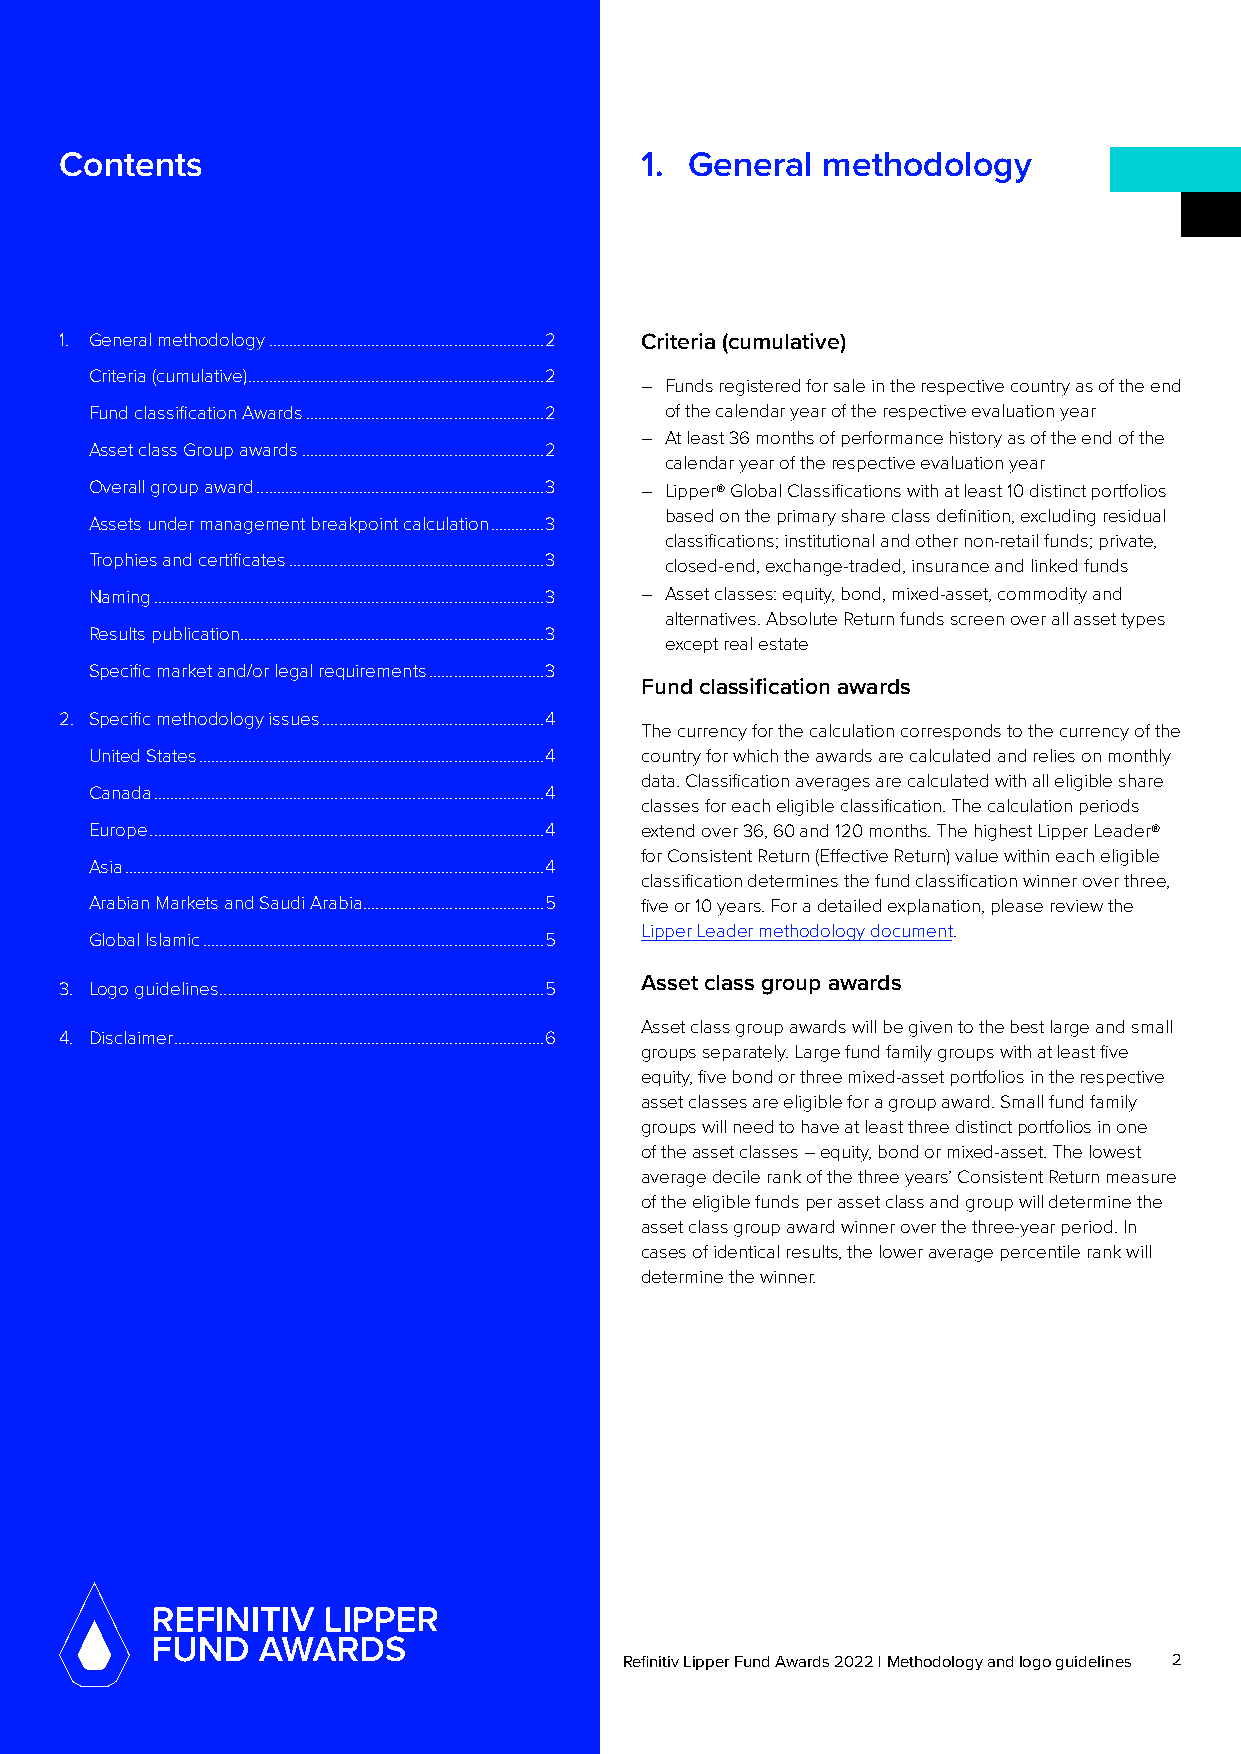
Contents                              1.  General methodology
 1. General methodology ...................................................................2 Criteria (cumulative)
 Criteria (cumulative) ........................................................................2
 – Funds registered for sale in the respective country as of the end
 Fund classification Awards ..........................................................2 of the calendar year of the respective evaluation year
 – At least 36 months of performance history as of the end of the
 Asset class Group awards ...........................................................2
 calendar year of the respective evaluation year
 Overall group award ......................................................................3 – Lipper® Global Classifications with at least 10 distinct portfolios
 based on the primary share class definition, excluding residual
 Assets under management breakpoint calculation .............3
 classifications; institutional and other non-retail funds; private,
 Trophies and certificates ..............................................................3 closed-end, exchange-traded, insurance and linked funds
 Naming ...............................................................................................3 – Asset classes: equity, bond, mixed-asset, commodity and
 alternatives. Absolute Return funds screen over all asset types
 Results publication ..........................................................................3
 except real estate
 Specific market and/or legal requirements ............................3
 Fund classification awards
 2. Specific methodology issues ......................................................4
 The currency for the calculation corresponds to the currency of the
 United States ....................................................................................4 country for which the awards are calculated and relies on monthly
 data. Classification averages are calculated with all eligible share
 Canada ...............................................................................................4
 classes for each eligible classification. The calculation periods
 Europe ................................................................................................4 extend over 36, 60 and 120 months. The highest Lipper Leader®
 for Consistent Return (Effective Return) value within each eligible
 Asia ......................................................................................................4
 classification determines the fund classification winner over three,
 Arabian Markets and Saudi Arabia ............................................5 five or 10 years. For a detailed explanation, please review the
 Lipper Leader methodology document.
 Global Islamic ...................................................................................5
 Asset class group awards
 3. Logo guidelines ...............................................................................5
 Asset class group awards will be given to the best large and small
 4. Disclaimer ..........................................................................................6
 groups separately. Large fund family groups with at least five
 equity, five bond or three mixed-asset portfolios in the respective
 asset classes are eligible for a group award. Small fund family
 groups will need to have at least three distinct portfolios in one
 of the asset classes – equity, bond or mixed-asset. The lowest
 average decile rank of the three years’ Consistent Return measure
 of the eligible funds per asset class and group will determine the
 asset class group award winner over the three-year period. In
 cases of identical results, the lower average percentile rank will
 determine the winner.
 Refinitiv Lipper Fund Awards 2022 | Methodology and logo guidelines 2